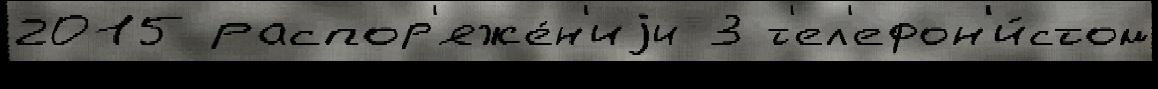
2015 распор'яже́н'иjи 3 т'ел'ефон'и́стом